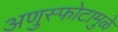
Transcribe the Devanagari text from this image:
अणुस्फोटामुळे